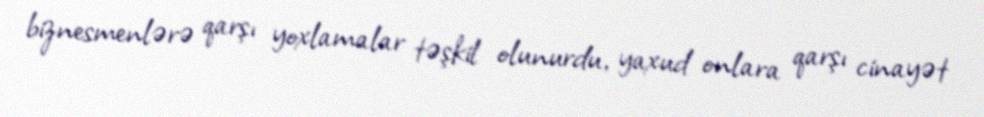
biznesmenlərə qarşı yoxlamalar təşkil olunurdu, yaxud onlara qarşı cinayət